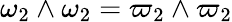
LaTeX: \omega_{2}\wedge\omega_{2}=\varpi_{2}\wedge\varpi_{2}